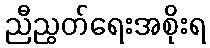
ညီညွတ်ရေးအစိုးရ